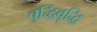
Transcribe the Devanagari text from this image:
बुद्धिवृद्धि